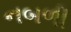
નબળી